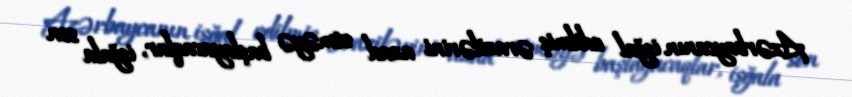
Azərbaycanın işğal edilmiş ərazilərini azad etməyə başlayacaqlar, işğala son